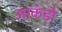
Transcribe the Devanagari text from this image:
आकंडो